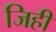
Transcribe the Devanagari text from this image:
जिहीं